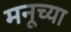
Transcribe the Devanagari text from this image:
मनूच्या